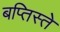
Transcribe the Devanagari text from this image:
बप्तिस्ते